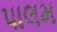
પાલમ